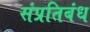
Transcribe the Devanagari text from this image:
संप्रतिबंध